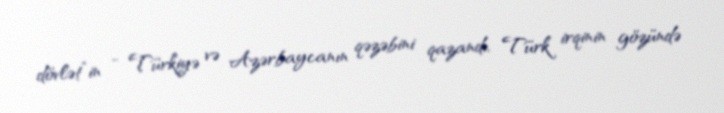
dövlət”in - Türkiyə və Azərbaycanın qəzəbini qazandı, Türk irqinin gözündə